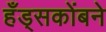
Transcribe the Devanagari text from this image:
हँड्सकोंबने